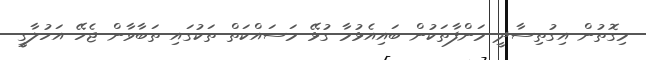
މިގޮތުން އިގުތިސާދީ މަންފާތަކުން ބައިއެޅުމާ ގުޅޭ މަސައްކަތް ތަކުގައި ތަބާވާން ޖެހޭ އަހުލާގީ